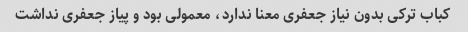
کباب ترکی بدون نیاز جعفری معنا ندارد، معمولی بود و پیاز جعفری نداشت